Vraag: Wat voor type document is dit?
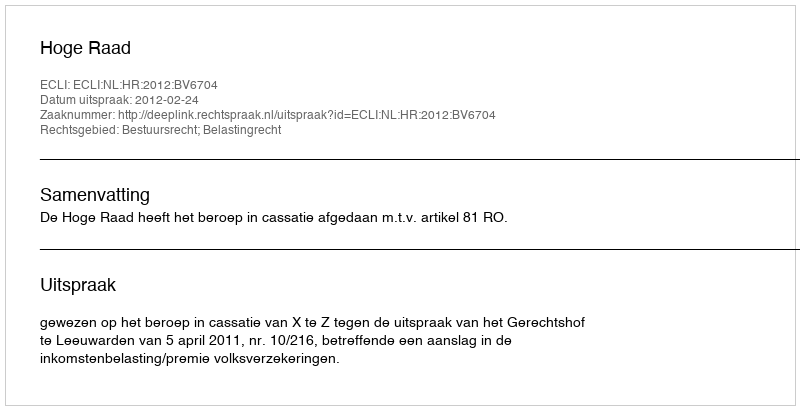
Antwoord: Uitspraak